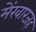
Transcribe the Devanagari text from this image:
मेंखारजह